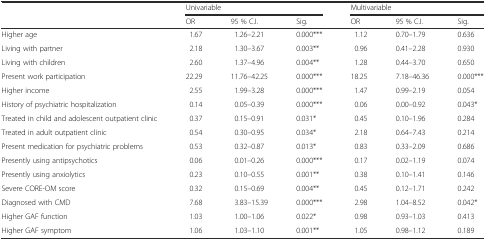
| <ROWSPAN=2>  | <COLSPAN=3> Univariable | <COLSPAN=3> Multivariable |
 | OR | 95 % C.I. | Sig. | OR | 95 % C.I. | Sig. |
 | --- | --- | --- | --- | --- | --- | --- |
 | Higher age | 1.67 | 1.26–2.21 | 0.000*** | 1.12 | 0.70–1.79 | 0.636 |
 | Living with partner | 2.18 | 1.30–3.67 | 0.003** | 0.96 | 0.41–2.28 | 0.930 |
 | Living with children | 2.60 | 1.37–4.96 | 0.004** | 1.28 | 0.44–3.70 | 0.650 |
 | Present work participation | 22.29 | 11.76–42.25 | 0.000*** | 18.25 | 7.18–46.36 | 0.000*** |
 | Higher income | 2.55 | 1.99–3.28 | 0.000*** | 1.47 | 0.99–2.19 | 0.054 |
 | History of psychiatric hospitalization | 0.14 | 0.05–0.39 | 0.000*** | 0.06 | 0.00–0.92 | 0.043* |
 | Treated in child and adolescent outpatient clinic | 0.37 | 0.15–0.91 | 0.031* | 0.45 | 0.10–1.96 | 0.284 |
 | Treated in adult outpatient clinic | 0.54 | 0.30–0.95 | 0.034* | 2.18 | 0.64–7.43 | 0.214 |
 | Present medication for psychiatric problems | 0.53 | 0.32–0.87 | 0.013* | 0.83 | 0.33–2.09 | 0.686 |
 | Presently using antipsychotics | 0.06 | 0.01–0.26 | 0.000*** | 0.17 | 0.02–1.19 | 0.074 |
 | Presently using anxiolytics | 0.23 | 0.10–0.55 | 0.001** | 0.38 | 0.10–1.41 | 0.146 |
 | Severe CORE-OM score | 0.32 | 0.15–0.69 | 0.004** | 0.45 | 0.12–1.71 | 0.242 |
 | Diagnosed with CMD | 7.68 | 3.83–15.39 | 0.000*** | 2.98 | 1.04–8.52 | 0.042* |
 | Higher GAF function | 1.03 | 1.00–1.06 | 0.022* | 0.98 | 0.93–1.03 | 0.413 |
 | Higher GAF symptom | 1.06 | 1.03–1.10 | 0.001** | 1.05 | 0.98–1.12 | 0.189 |